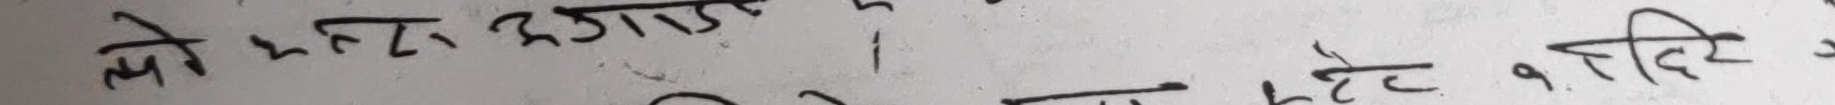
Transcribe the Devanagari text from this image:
मो भन्टे लगाए ।
घण्टे १ दि